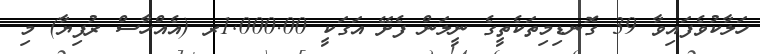
ހަލާކުވެފައިވާ 39 ގޮނޑިމިތަކެތީގެ ނީލަން ފެށޭ އަގަކީ 1